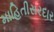
માહિતીસરદાર